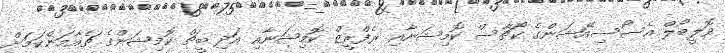
ވޮލީބޯލް އެސޯސިއޭޝަންގެ ކޯޗާސް ކޮމިޝަނާއި ރެފްރީޒް ކޮމިޝަނާއި އަދި ބީޗް ކޮމިޝަންގެ ޗެއާމަންކަމަށް